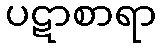
ပဋာစာရာ